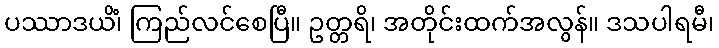
ပဿာဒယိံ၊ ကြည်လင်စေပြီ။ ဥတ္တရိ၊ အတိုင်းထက်အလွန်။ ဒသပါရမီ၊